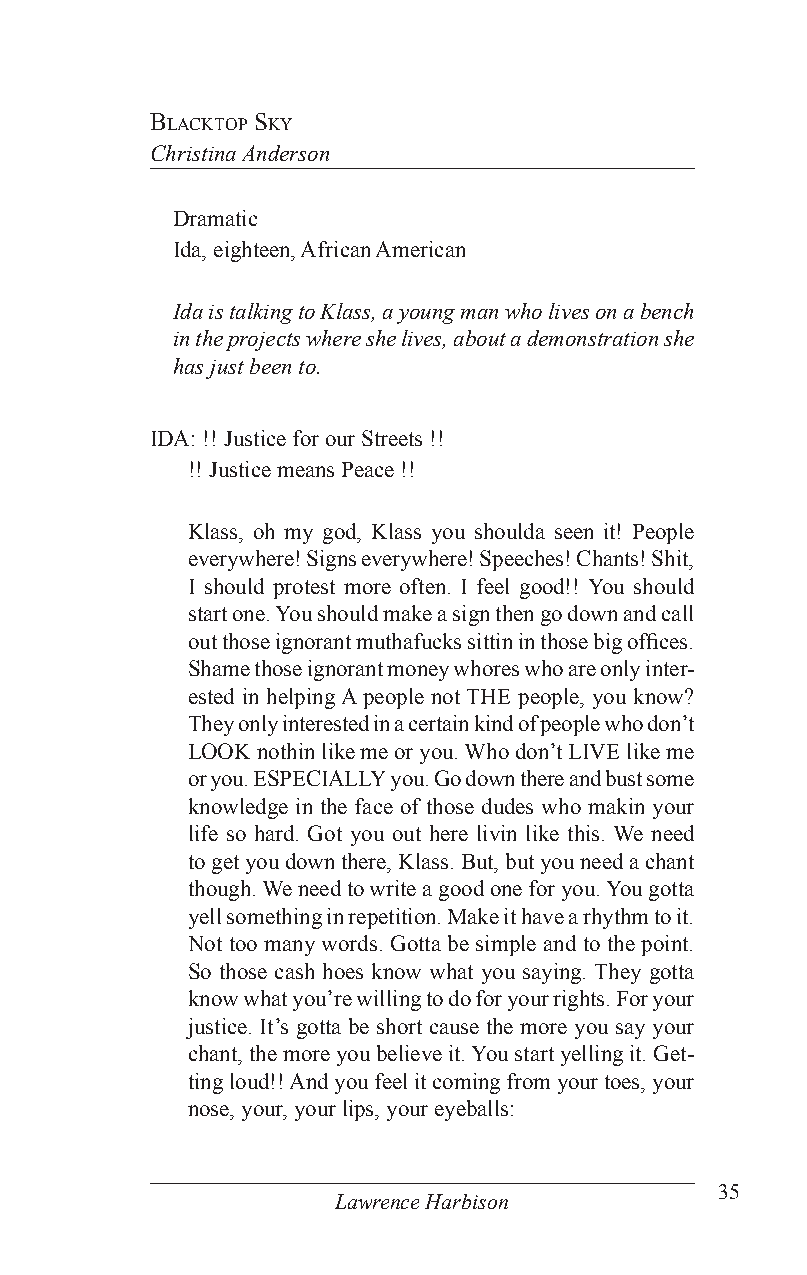
BlaCKToP sKy
 Christina Anderson
 Dramatic
 Ida, eighteen, African American
 Ida is talking to Klass, a young man who lives on a bench
 in the projects where she lives, about a demonstration she
 has just been to.
 IDA: !! Justice for our Streets !!
 !! Justice means Peace !!
 Klass, oh my god, Klass you shoulda seen it! People
 everywhere! Signs everywhere! Speeches! Chants! Shit,
 I should protest more often. I feel good!! You should
 start one. You should make a sign then go down and call
 out those ignorant muthafucks sittin in those big offices.
 Shame those ignorant money whores who are only inter-
 ested in helping A people not THE people, you know?
 They only interested in a certain kind of people who don’t
 LOOK nothin like me or you. Who don’t LIVE like me
 or you. ESPECIALLY you. Go down there and bust some
 knowledge in the face of those dudes who makin your
 life so hard. Got you out here livin like this. We need
 to get you down there, Klass. But, but you need a chant
 though. We need to write a good one for you. You gotta
 yell something in repetition. Make it have a rhythm to it.
 Not too many words. Gotta be simple and to the point.
 So those cash hoes know what you saying. They gotta
 know what you’re willing to do for your rights. For your
 justice. It’s gotta be short cause the more you say your
 chant, the more you believe it. You start yelling it. Get-
 ting loud!! And you feel it coming from your toes, your
 nose, your, your lips, your eyeballs:
 35
 Lawrence Harbison